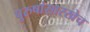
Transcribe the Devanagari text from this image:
पुरुषांसारखेच